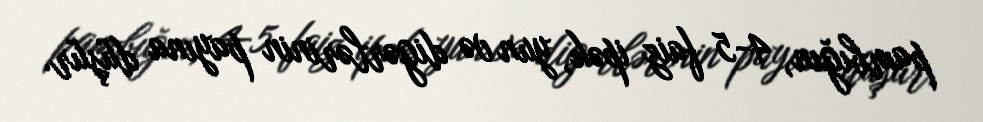
pambığın, 4-5 faiz ipək, yun və digərlərinin payına düşür.